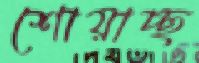
শোয়াচ্ছ